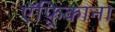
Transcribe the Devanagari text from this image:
ऍफ़्रिकाना